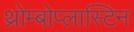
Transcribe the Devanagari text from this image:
थ्रोम्बोप्लास्टिन